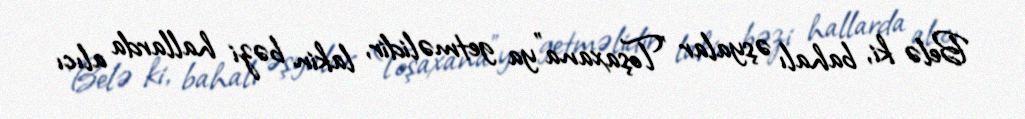
Belə ki, bahalı əşyalar "Toşaxana"ya getməlidir, lakin bəzi hallarda alıcı